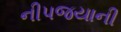
નીપજયાની